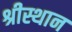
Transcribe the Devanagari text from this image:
श्रीस्थान